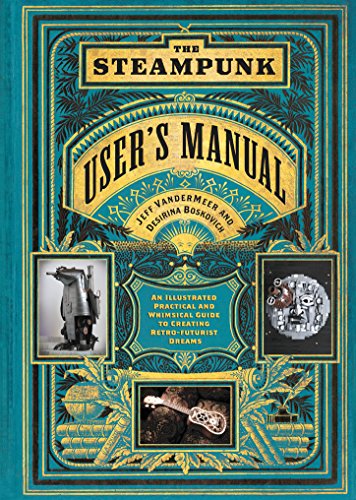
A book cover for The Steampunk User's Manual: An Illustrated Practical and Whimsical Guide to Creating Retro-futurist Dreams; Jeff VanderMeer; Science Fiction & Fantasy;